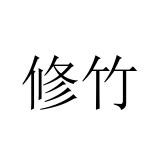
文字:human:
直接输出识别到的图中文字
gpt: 修竹